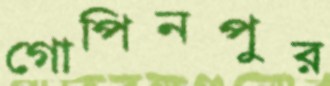
গোপিনপুর